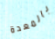
بالمعدة